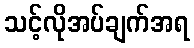
သင့်လိုအပ်ချက်အရ